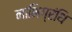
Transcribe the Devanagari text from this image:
नाभिग्रंथि